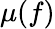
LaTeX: \mu(f)